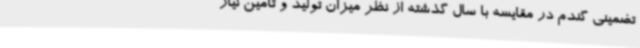
تضمینی گندم در مقایسه با سال گذشته از نظر میزان تولید و تامین نیاز